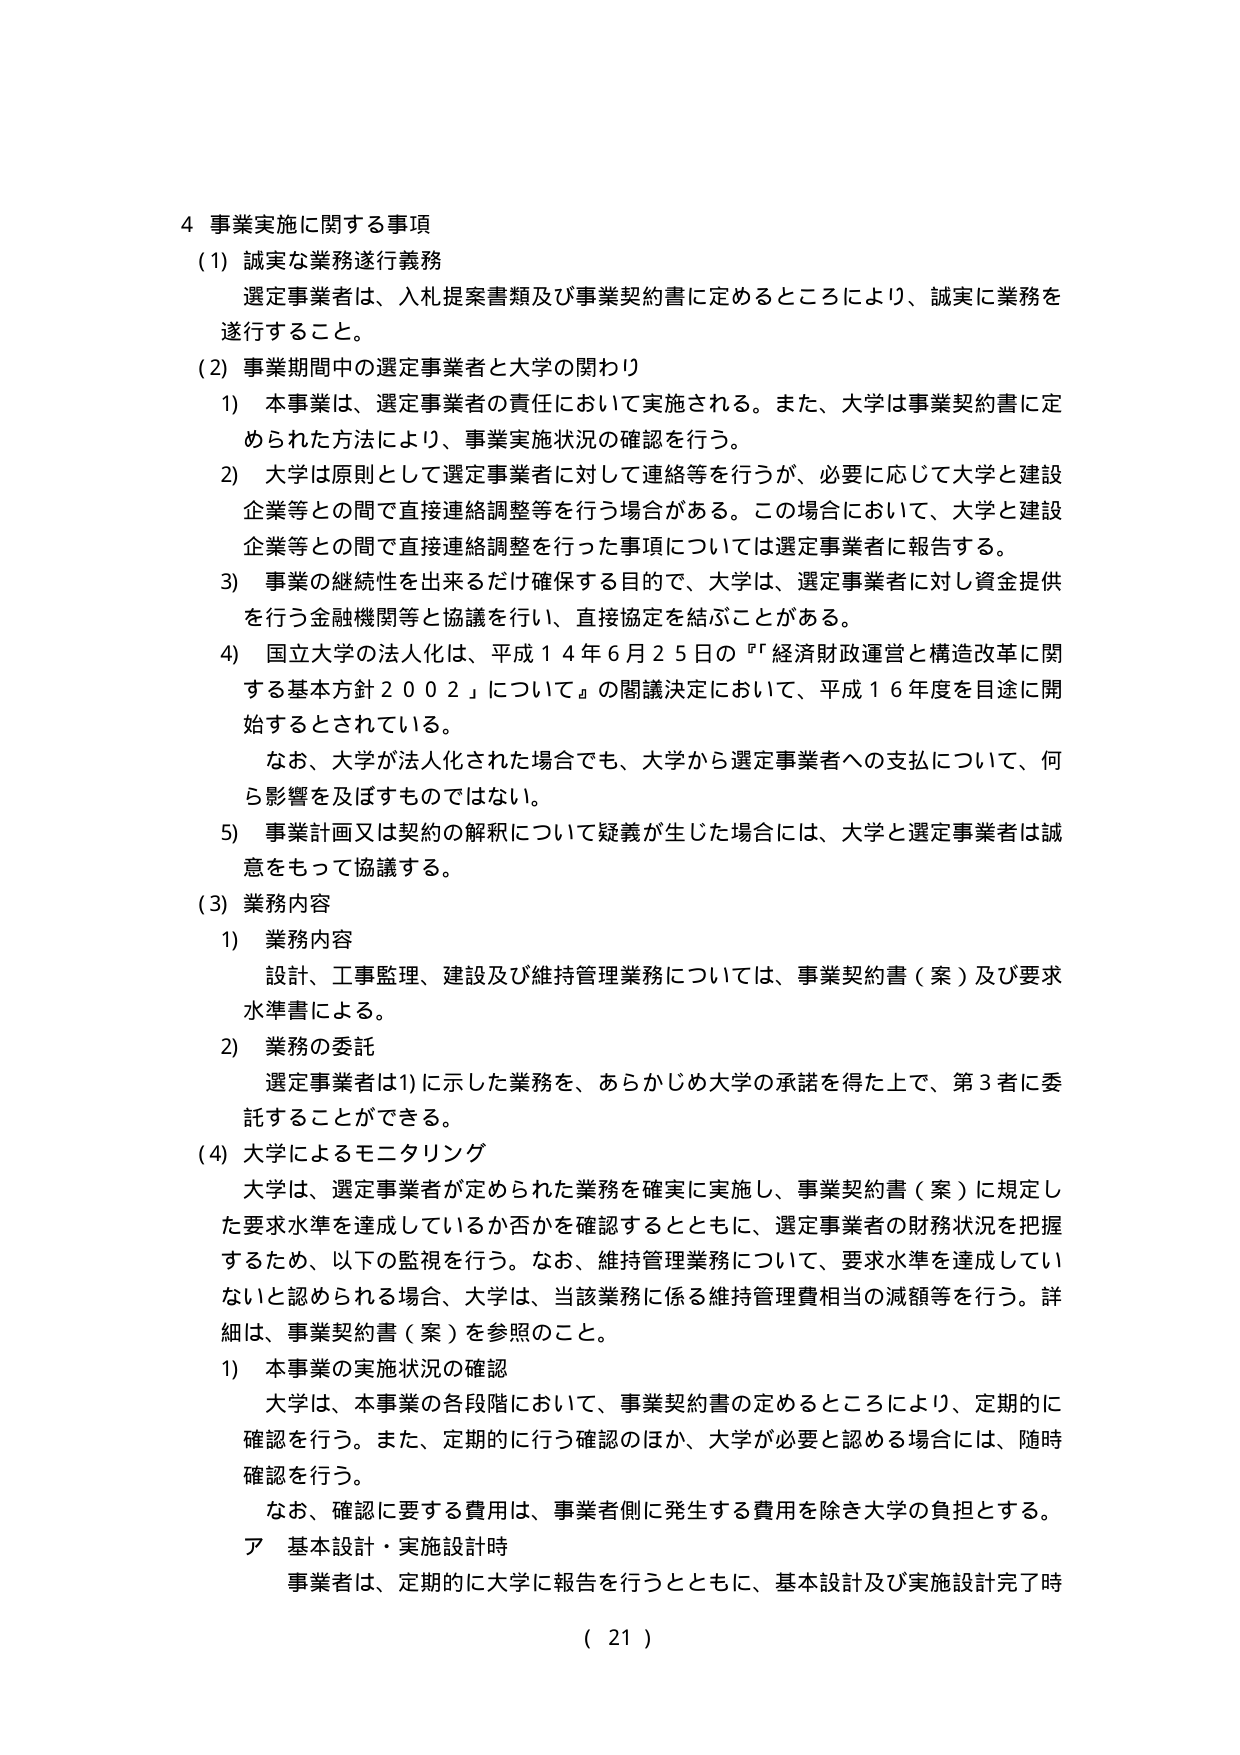
4 事業実施に関する事項
(1) 誠実な業務遂行義務
　選定事業者は、入札提案書類及び事業契約書に定めるところにより、誠実に業務を遂行すること。
(2) 事業期間中の選定事業者と大学の関わり
　1) 本事業は、選定事業者の責任において実施される。また、大学は事業契約書に定められた方法により、事業実施状況の確認を行う。
　2) 大学は原則として選定事業者に対して連絡等を行うが、必要に応じて大学と建設企業等との間で直接連絡調整等を行う場合がある。この場合において、大学と建設企業等との間で直接連絡調整を行った事項については選定事業者に報告する。
　3) 事業の継続性を出来るだけ確保する目的で、大学は、選定事業者に対し資金提供を行う金融機関等と協議を行い、直接協定を結ぶことがある。
　4) 国立大学の法人化は、平成14年6月25日の『「経済財政運営と構造改革に関する基本方針2002」について』の閣議決定において、平成16年度を目途に開始するとされている。
　　なお、大学が法人化された場合でも、大学から選定事業者への支払について、何ら影響を及ぼすものではない。
　5) 事業計画又は契約の解釈について疑義が生じた場合には、大学と選定事業者は誠意をもって協議する。
(3) 業務内容
　1) 業務内容
　　設計、工事監理、建設及び維持管理業務については、事業契約書（案）及び要求水準書による。
　2) 業務の委託
　　選定事業者は1)に示した業務を、あらかじめ大学の承諾を得た上で、第3者に委託することができる。
(4) 大学によるモニタリング
　大学は、選定事業者が定められた業務を確実に実施し、事業契約書（案）に規定した要求水準を達成しているか否かを確認するとともに、選定事業者の財務状況を把握するため、以下の監視を行う。なお、維持管理業務について、要求水準を達成していないと認められる場合、大学は、当該業務に係る維持管理費相当の減額等を行う。詳細は、事業契約書（案）を参照のこと。
　1) 本事業の実施状況の確認
　　大学は、本事業の各段階において、事業契約書の定めるところにより、定期的に確認を行う。また、定期的に行う確認のほか、大学が必要と認める場合には、随時確認を行う。
　　なお、確認に要する費用は、事業者側に発生する費用を除き大学の負担とする。
　ア 基本設計・実施設計時
　　事業者は、定期的に大学に報告を行うとともに、基本設計及び実施設計完了時
( 21 )